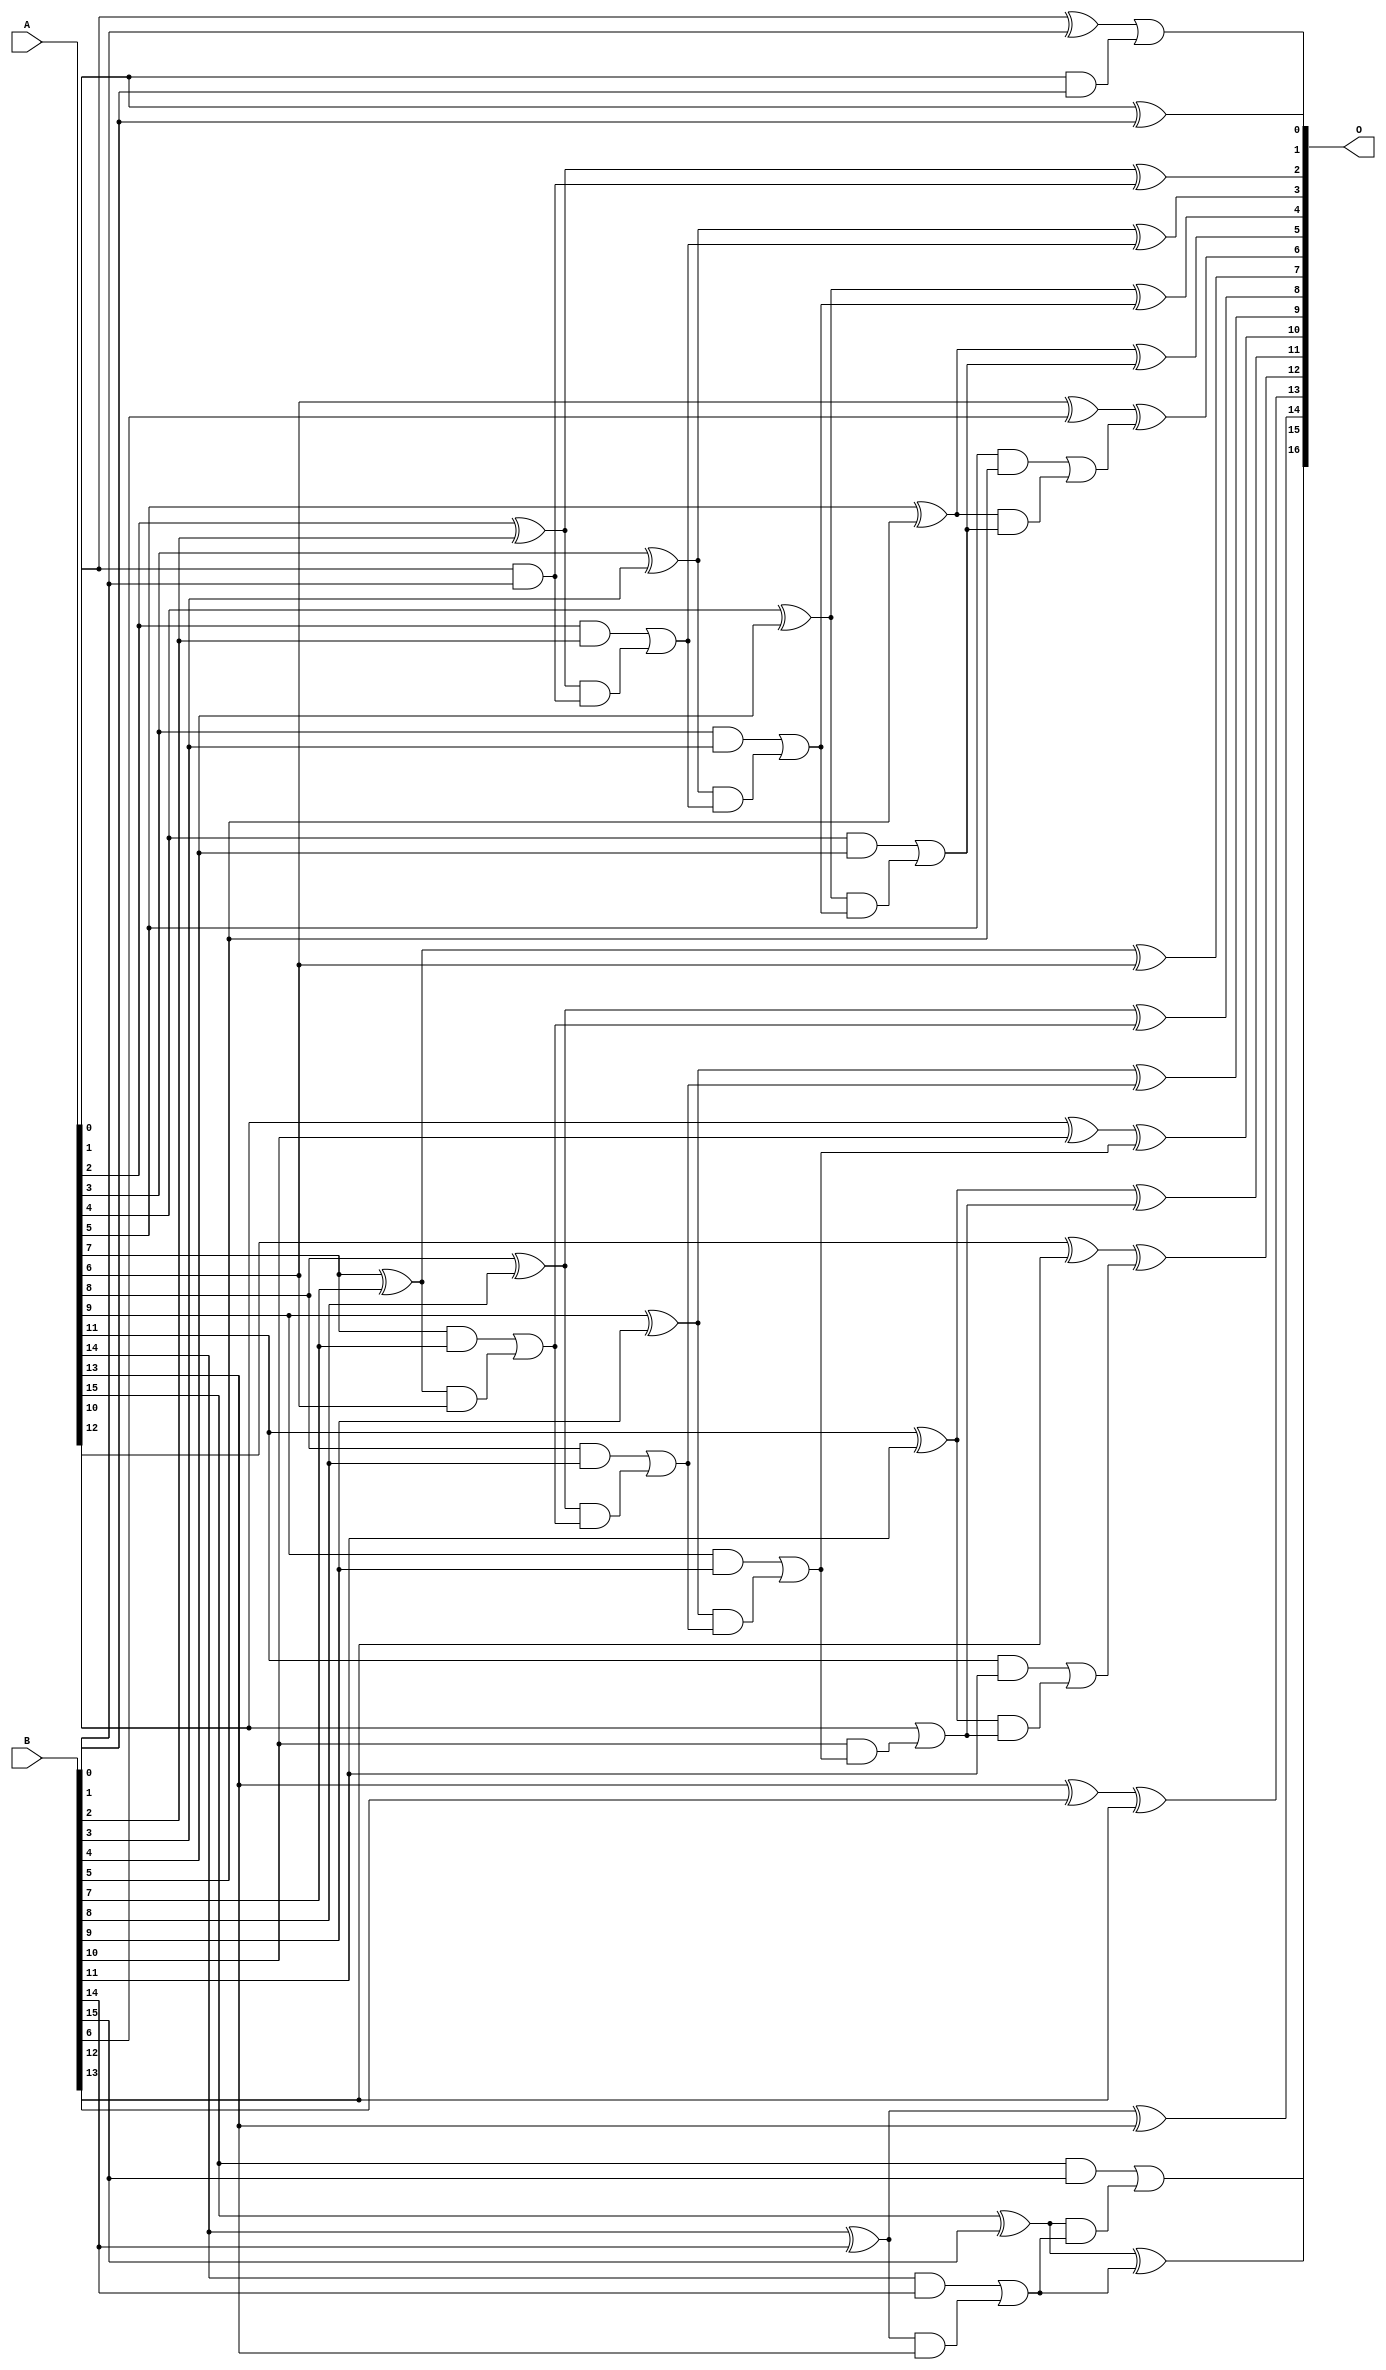
/***
* This code is a part of EvoApproxLib library (ehw.fit.vutbr.cz/approxlib) distributed under The MIT License.
* When used, please cite the following article(s):  
* This file contains a circuit from a sub-set of pareto optimal circuits with respect to the pwr and ep parameters
***/
// MAE% = 4.01 %
// MAE = 5256 
// WCE% = 14.16 %
// WCE = 18560 
// WCRE% = 200.00 %
// EP% = 67.71 %
// MRE% = 10.53 %
// MSE = 67108.863e3 
// PDK45_PWR = 0.064 mW
// PDK45_AREA = 148.3 um2
// PDK45_DELAY = 0.55 ns


module add16u_04T(A, B, O);
  input [15:0] A, B;
  output [16:0] O;
  wire sig_33, sig_34, sig_35, sig_38, sig_39, sig_40;
  wire sig_41, sig_43, sig_44, sig_45, sig_46, sig_48;
  wire sig_49, sig_50, sig_51, sig_53, sig_54, sig_55;
  wire sig_56, sig_58, sig_59, sig_64, sig_65, sig_66;
  wire sig_68, sig_69, sig_70, sig_71, sig_73, sig_74;
  wire sig_75, sig_76, sig_78, sig_79, sig_81, sig_83;
  wire sig_84, sig_85, sig_86, sig_88, sig_89, sig_94;
  wire sig_99, sig_100, sig_101, sig_103, sig_104, sig_105;
  wire sig_106;
  assign sig_33 = A[0] & B[0];
  assign sig_34 = A[1] ^ B[1];
  assign sig_35 = A[1] & B[1];
  assign O[0] = A[0] ^ B[0];
  assign O[1] = sig_34 | sig_33;
  assign sig_38 = sig_35;
  assign sig_39 = A[2] ^ B[2];
  assign sig_40 = A[2] & B[2];
  assign sig_41 = sig_39 & sig_38;
  assign O[2] = sig_39 ^ sig_38;
  assign sig_43 = sig_40 | sig_41;
  assign sig_44 = A[3] ^ B[3];
  assign sig_45 = A[3] & B[3];
  assign sig_46 = sig_44 & sig_43;
  assign O[3] = sig_44 ^ sig_43;
  assign sig_48 = sig_45 | sig_46;
  assign sig_49 = A[4] ^ B[4];
  assign sig_50 = A[4] & B[4];
  assign sig_51 = sig_49 & sig_48;
  assign O[4] = sig_49 ^ sig_48;
  assign sig_53 = sig_50 | sig_51;
  assign sig_54 = A[5] ^ B[5];
  assign sig_55 = A[5] & B[5];
  assign sig_56 = sig_54 & sig_53;
  assign O[5] = sig_54 ^ sig_53;
  assign sig_58 = sig_55 | sig_56;
  assign sig_59 = A[6] ^ B[6];
  assign O[6] = sig_59 ^ sig_58;
  assign sig_64 = A[7] ^ B[7];
  assign sig_65 = A[7] & B[7];
  assign sig_66 = sig_64 & A[6];
  assign O[7] = sig_64 ^ A[6];
  assign sig_68 = sig_65 | sig_66;
  assign sig_69 = A[8] ^ B[8];
  assign sig_70 = A[8] & B[8];
  assign sig_71 = sig_69 & sig_68;
  assign O[8] = sig_69 ^ sig_68;
  assign sig_73 = sig_70 | sig_71;
  assign sig_74 = A[9] ^ B[9];
  assign sig_75 = A[9] & B[9];
  assign sig_76 = sig_74 & sig_73;
  assign O[9] = sig_74 ^ sig_73;
  assign sig_78 = sig_75 | sig_76;
  assign sig_79 = A[10] ^ B[10];
  assign sig_81 = B[10] & sig_78;
  assign O[10] = sig_79 ^ sig_78;
  assign sig_83 = A[10] | sig_81;
  assign sig_84 = A[11] ^ B[11];
  assign sig_85 = A[11] & B[11];
  assign sig_86 = sig_84 & sig_83;
  assign O[11] = sig_84 ^ sig_83;
  assign sig_88 = sig_85 | sig_86;
  assign sig_89 = A[12] ^ B[12];
  assign O[12] = sig_89 ^ sig_88;
  assign sig_94 = A[13] ^ B[13];
  assign O[13] = sig_94 ^ B[12];
  assign sig_99 = A[14] ^ B[14];
  assign sig_100 = A[14] & B[14];
  assign sig_101 = sig_99 & A[13];
  assign O[14] = sig_99 ^ A[13];
  assign sig_103 = sig_100 | sig_101;
  assign sig_104 = A[15] ^ B[15];
  assign sig_105 = A[15] & B[15];
  assign sig_106 = sig_104 & sig_103;
  assign O[15] = sig_104 ^ sig_103;
  assign O[16] = sig_105 | sig_106;
endmodule